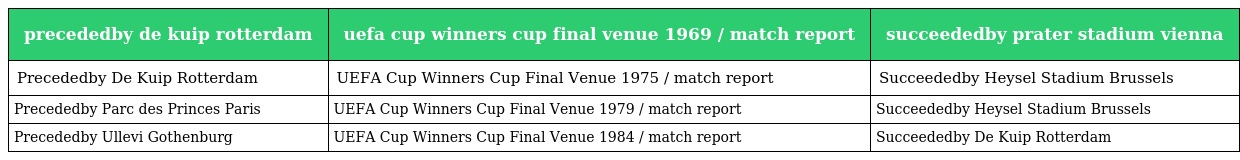
| precededby de kuip rotterdam | uefa cup winners cup final venue 1969 / match report | succeededby prater stadium vienna |
 | --- | --- | --- |
 | Precededby De Kuip Rotterdam | UEFA Cup Winners Cup Final Venue 1975 / match report | Succeededby Heysel Stadium Brussels |
 | Precededby Parc des Princes Paris | UEFA Cup Winners Cup Final Venue 1979 / match report | Succeededby Heysel Stadium Brussels |
 | Precededby Ullevi Gothenburg | UEFA Cup Winners Cup Final Venue 1984 / match report | Succeededby De Kuip Rotterdam |